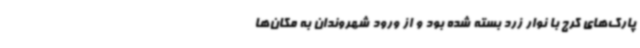
پارک‌های کرج با نوار زرد بسته شده بود و از ورود شهروندان به مکان‌ها